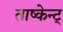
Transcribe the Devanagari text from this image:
ताष्केन्ट्